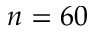
n = 6 0